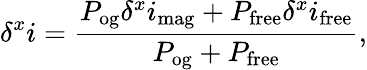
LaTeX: \delta^{x}i=\frac{P_{\mathrm{og}}\delta^{x}i_{\mathrm{mag}}+P_{\mathrm{free}}\delta^{x}i_{\mathrm{free}}}{P_{\mathrm{og}}+P_{\mathrm{free}}},